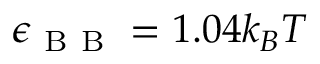
\epsilon _ { \mathrm { ~ B ~ B ~ } } = 1 . 0 4 k _ { B } T